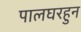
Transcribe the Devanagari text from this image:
पालघरहुन